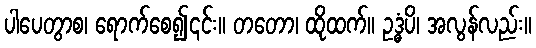
ပါပေတွာစ၊ ရောက်စေ၍၎င်း။ တတော၊ ထိုထက်။ ဥဒ္ဓံပိ၊ အလွန်လည်း။